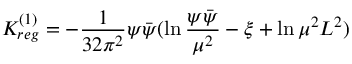
K _ { r e g } ^ { ( 1 ) } = - \frac { 1 } { 3 2 \pi ^ { 2 } } \psi \bar { \psi } ( \ln \frac { \psi \bar { \psi } } { \mu ^ { 2 } } - \xi + \ln \mu ^ { 2 } L ^ { 2 } )